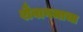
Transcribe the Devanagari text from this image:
शैवागमाचा